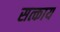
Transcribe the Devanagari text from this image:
सत्काय